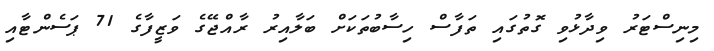
މިނިސްޓަރު ވިދާޅުވި ގޮތުގައި ތަފާސް ހިސާބުތަކަށް ބަލާއިރު ރާއްޖޭގެ ވަޒީފާގެ 71 ޕަސެންޓާއި